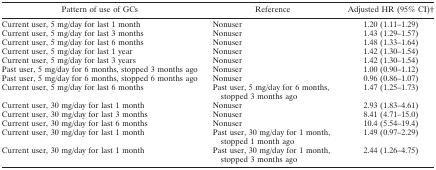
<table><thead><tr><td><b>Pattern of use of GCs</b></td><td><b>Reference</b></td><td><b>Adjusted HR (95% CI)b</b></td></tr></thead><tbody><tr><td>Current user, 5 mg/day for last 1 month</td><td>Nonuser</td><td>1.20 (1.11–1.29)</td></tr><tr><td>Current user, 5 mg/day for last 3 months</td><td>Nonuser</td><td>1.43 (1.29–1.57)</td></tr><tr><td>Current user, 5 mg/day for last 6 months</td><td>Nonuser</td><td>1.48 (1.33–1.64)</td></tr><tr><td>Current user, 5 mg/day for last 1 year</td><td>Nonuser</td><td>1.42 (1.30–1.54)</td></tr><tr><td>Current user, 5 mg/day for last 3 years</td><td>Nonuser</td><td>1.42 (1.30–1.54)</td></tr><tr><td>Past user, 5 mg/day for 6 months, stopped 3 months ago</td><td>Nonuser</td><td>1.00 (0.90–1.12)</td></tr><tr><td>Past user, 5 mg/day for 6 months, stopped 6 months ago</td><td>Nonuser</td><td>0.96 (0.86–1.07)</td></tr><tr><td>Current user, 5 mg/day for last 6 months</td><td>Past user, 5 mg/day for 6 months, stopped 3 months ago</td><td>1.47 (1.25–1.73)</td></tr><tr><td>Current user, 30 mg/day for last 1 month</td><td>Nonuser</td><td>2.93 (1.83–4.61)</td></tr><tr><td>Current user, 30 mg/day for last 3 months</td><td>Nonuser</td><td>8.41 (4.71–15.0)</td></tr><tr><td>Current user, 30 mg/day for last 6 months</td><td>Nonuser</td><td>10.4 (5.54–19.4)</td></tr><tr><td>Current user, 30 mg/day for last 1 month</td><td>Past user, 30 mg/day for 1 month, stopped 1 month ago</td><td>1.49 (0.97–2.29)</td></tr><tr><td>Current user, 30 mg/day for last 1 month</td><td>Past user, 30 mg/day for 1 month, stopped 3 months ago</td><td>2.44 (1.26–4.75)</td></tr></tbody></table>